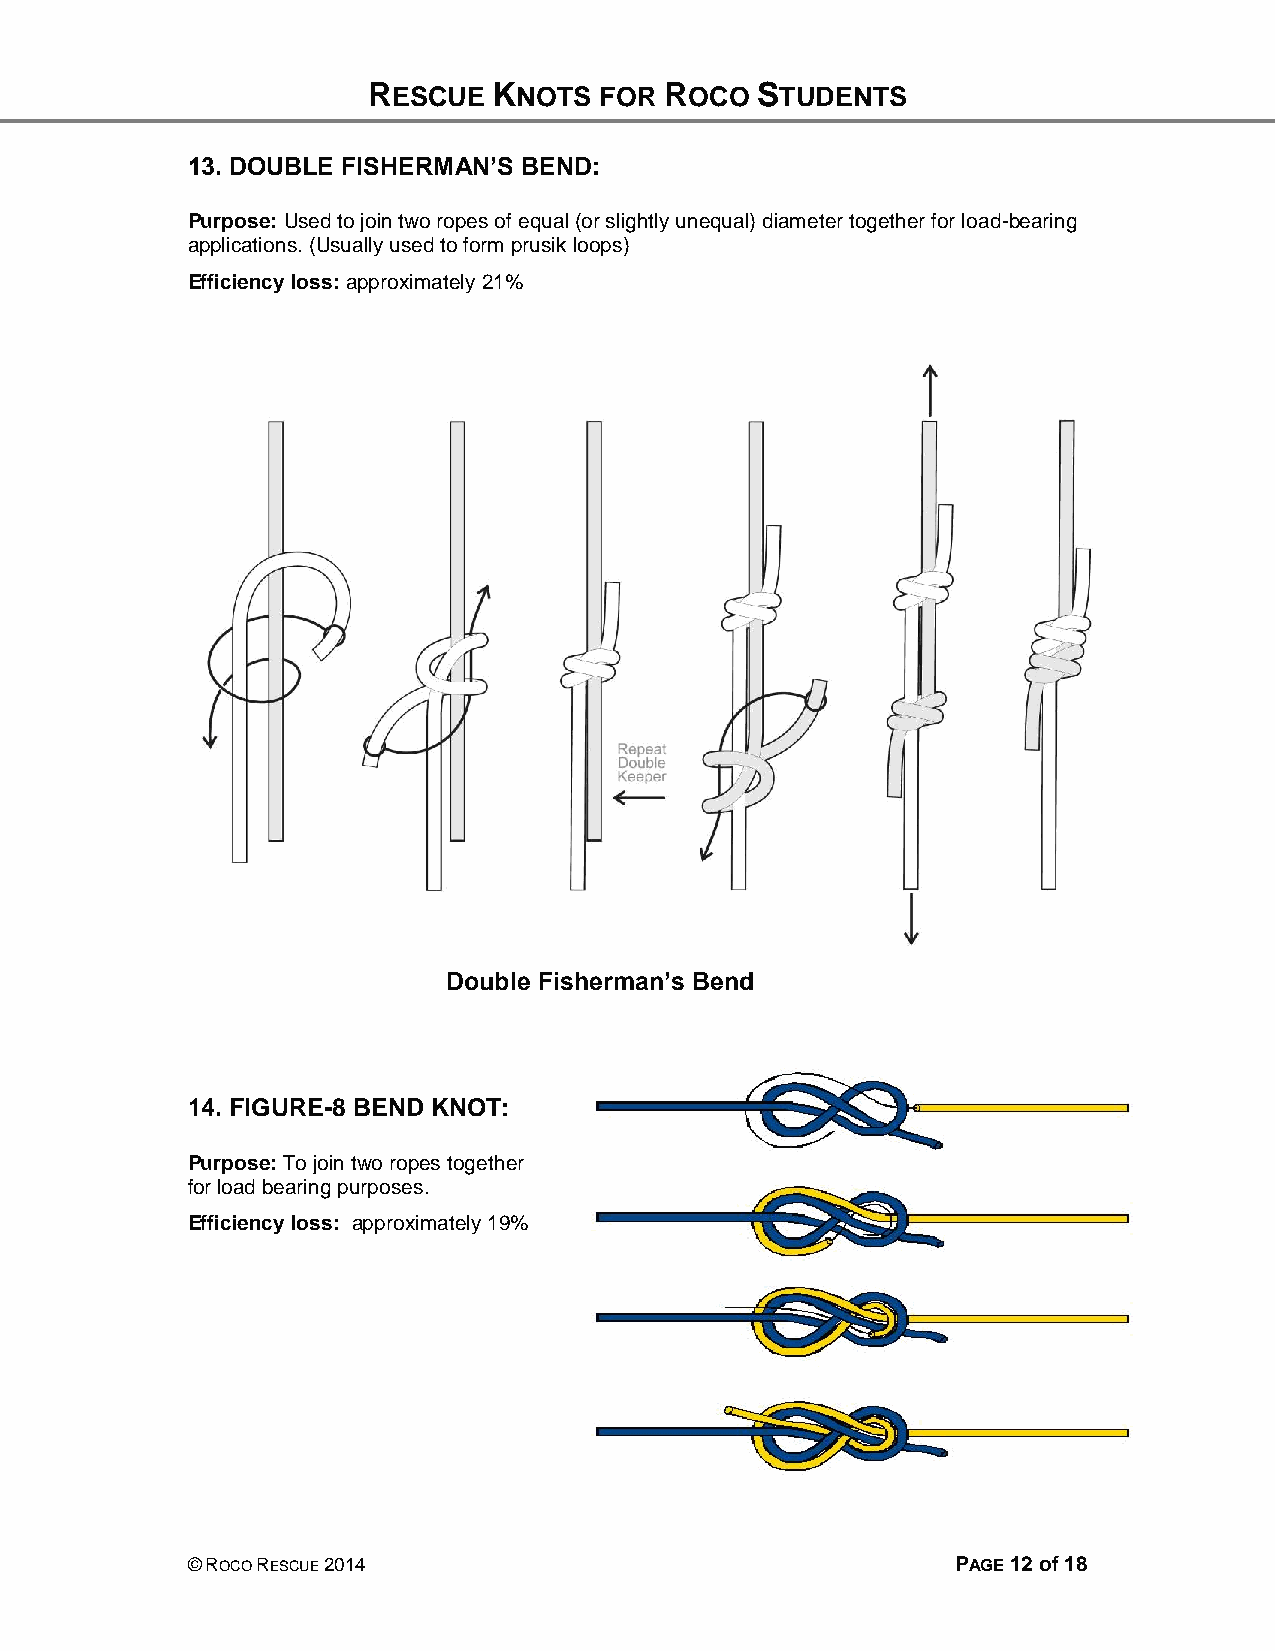
RESCUE   KNOTS  FOR ROCO  STUDENTS
 13. DOUBLE FISHERMAN’S BEND:
 Purpose: Used to join two ropes of equal (or slightly unequal) diameter together for load-bearing
 applications. (Usually used to form prusik loops)
 Efficiency loss: approximately 21%
 Double Fisherman’s Bend
 14. FIGURE-8 BEND KNOT:
 Purpose: To join two ropes together
 for load bearing purposes.
 Efficiency loss: approximately 19%
 © ROCO RESCUE 2014                                 PAGE 12 of 18